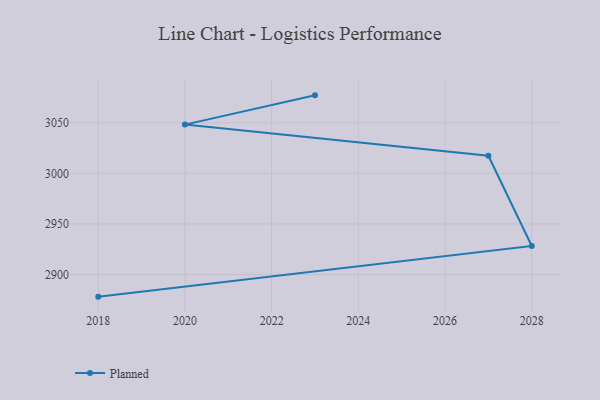
{"axis": {"x": "Year", "y": "Tickets Resolved"}, "legend": ["Planned"], "data": [{"x": "2018", "y": 2878.2, "type": "Planned"}, {"x": "2028", "y": 2928.2, "type": "Planned"}, {"x": "2027", "y": 3017.3, "type": "Planned"}, {"x": "2020", "y": 3048.1, "type": "Planned"}, {"x": "2023", "y": 3077.0, "type": "Planned"}]}